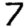
Digit: 7